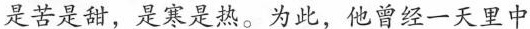
是苦是甜，是寒是热。为此，他曾经一天里中